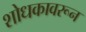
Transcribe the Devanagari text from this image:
शोधकावरून